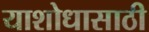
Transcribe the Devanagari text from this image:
याशोधासाठी